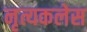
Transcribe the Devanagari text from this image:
नृत्यकलेस